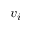
v _ { i }